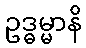
ဥဒ္ဓမ္မာနိ